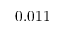
0 . 0 1 1